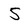
Character: 5